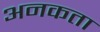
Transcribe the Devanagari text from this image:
अनकता